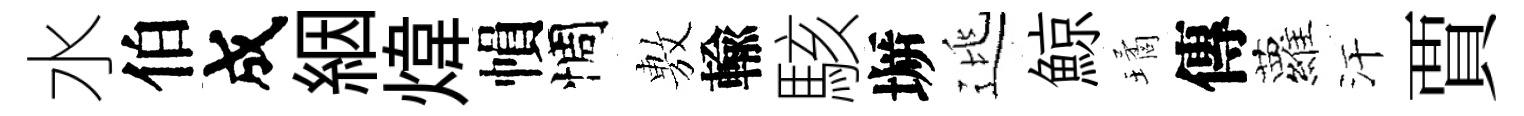
水伯成絪煒𢄙惆𢾾輸駭󶱲逃鯨璚傳蘿汗賈